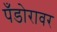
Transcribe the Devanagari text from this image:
पँडोरावर